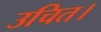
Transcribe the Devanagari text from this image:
उचित।